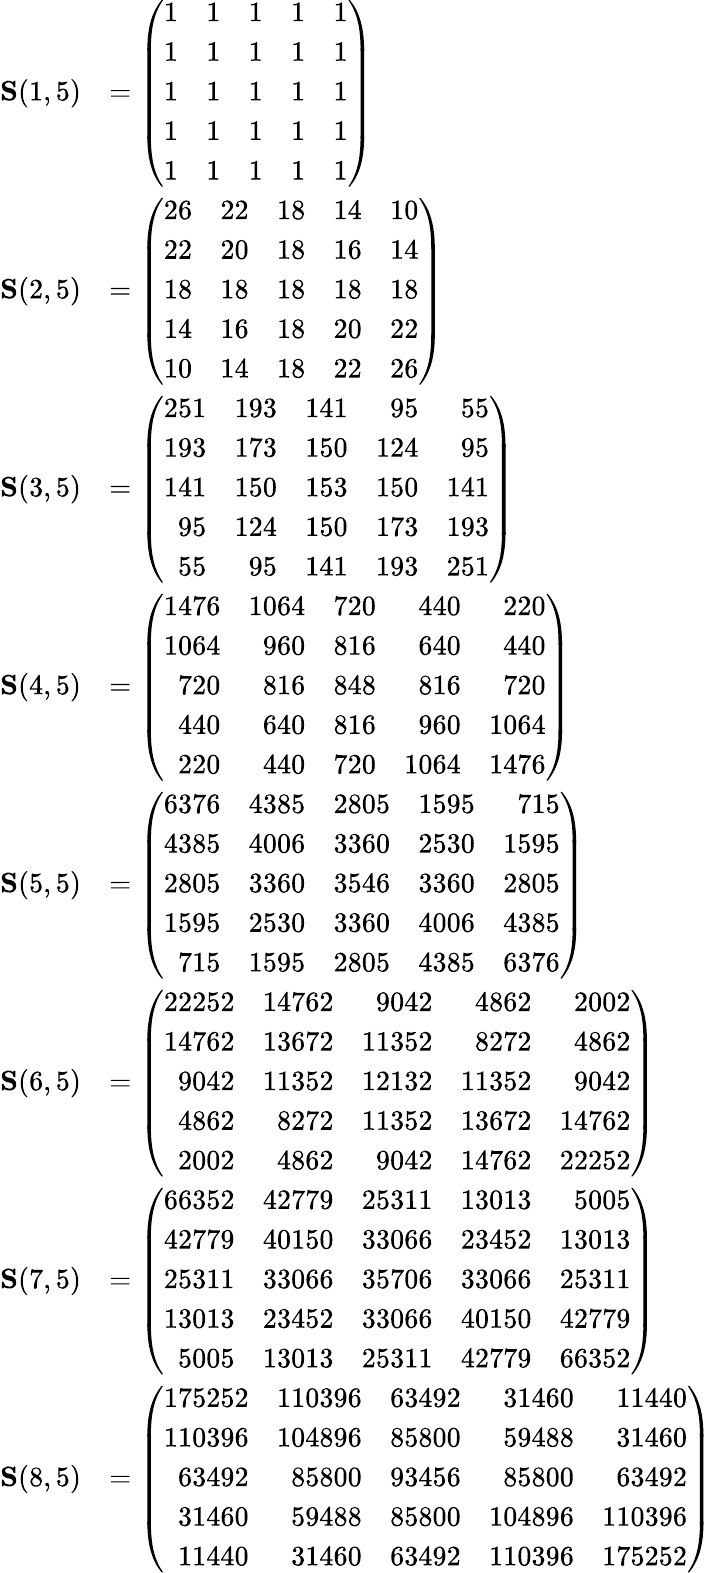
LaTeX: \begin{array}{rl}{\mathbf{S}(1,5)}&{=\left(\begin{array}{rrrrr}{1}&{1}&{1}&{1}&{1}\\ {1}&{1}&{1}&{1}&{1}\\ {1}&{1}&{1}&{1}&{1}\\ {1}&{1}&{1}&{1}&{1}\\ {1}&{1}&{1}&{1}&{1}\end{array}\right)}\\ {\mathbf{S}(2,5)}&{=\left(\begin{array}{rrrrr}{26}&{22}&{18}&{14}&{10}\\ {22}&{20}&{18}&{16}&{14}\\ {18}&{18}&{18}&{18}&{18}\\ {14}&{16}&{18}&{20}&{22}\\ {10}&{14}&{18}&{22}&{26}\end{array}\right)}\\ {\mathbf{S}(3,5)}&{=\left(\begin{array}{rrrrr}{251}&{193}&{141}&{95}&{55}\\ {193}&{173}&{150}&{124}&{95}\\ {141}&{150}&{153}&{150}&{141}\\ {95}&{124}&{150}&{173}&{193}\\ {55}&{95}&{141}&{193}&{251}\end{array}\right)}\\ {\mathbf{S}(4,5)}&{=\left(\begin{array}{rrrrr}{1476}&{1064}&{720}&{440}&{220}\\ {1064}&{960}&{816}&{640}&{440}\\ {720}&{816}&{848}&{816}&{720}\\ {440}&{640}&{816}&{960}&{1064}\\ {220}&{440}&{720}&{1064}&{1476}\end{array}\right)}\\ {\mathbf{S}(5,5)}&{=\left(\begin{array}{rrrrr}{6376}&{4385}&{2805}&{1595}&{715}\\ {4385}&{4006}&{3360}&{2530}&{1595}\\ {2805}&{3360}&{3546}&{3360}&{2805}\\ {1595}&{2530}&{3360}&{4006}&{4385}\\ {715}&{1595}&{2805}&{4385}&{6376}\end{array}\right)}\\ {\mathbf{S}(6,5)}&{=\left(\begin{array}{rrrrr}{22252}&{14762}&{9042}&{4862}&{2002}\\ {14762}&{13672}&{11352}&{8272}&{4862}\\ {9042}&{11352}&{12132}&{11352}&{9042}\\ {4862}&{8272}&{11352}&{13672}&{14762}\\ {2002}&{4862}&{9042}&{14762}&{22252}\end{array}\right)}\\ {\mathbf{S}(7,5)}&{=\left(\begin{array}{rrrrr}{66352}&{42779}&{25311}&{13013}&{5005}\\ {42779}&{40150}&{33066}&{23452}&{13013}\\ {25311}&{33066}&{35706}&{33066}&{25311}\\ {13013}&{23452}&{33066}&{40150}&{42779}\\ {5005}&{13013}&{25311}&{42779}&{66352}\end{array}\right)}\\ {\mathbf{S}(8,5)}&{=\left(\begin{array}{rrrrr}{175252}&{110396}&{63492}&{31460}&{11440}\\ {110396}&{104896}&{85800}&{59488}&{31460}\\ {63492}&{85800}&{93456}&{85800}&{63492}\\ {31460}&{59488}&{85800}&{104896}&{110396}\\ {11440}&{31460}&{63492}&{110396}&{175252}\end{array}\right)}\end{array}